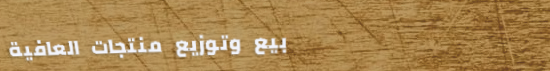
بيع وتوزيع منتجات العافية